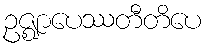
ဥဇ္ဈာပေဿတီတိပေ